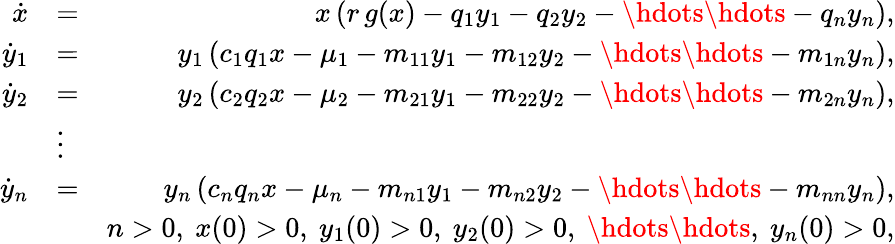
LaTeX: \begin{array}{rlr}{\dot{x}}&{=}&{x\left(r\, g(x)-q_{1}y_{1}-q_{2}y_{2}-\hdots\hdots-q_{n}y_{n}\right),}\\ {\dot{y}_{1}}&{=}&{y_{1}\left(c_{1}q_{1}x-\mu_{1}-m_{11}y_{1}-m_{12}y_{2}-\hdots\hdots-m_{1n}y_{n}\right),}\\ {\dot{y}_{2}}&{=}&{y_{2}\left(c_{2}q_{2}x-\mu_{2}-m_{21}y_{1}-m_{22}y_{2}-\hdots\hdots-m_{2n}y_{n}\right),}\\ &{\vdots}&\\ {\dot{y}_{n}}&{=}&{y_{n}\left(c_{n}q_{n}x-\mu_{n}-m_{n1}y_{1}-m_{n2}y_{2}-\hdots\hdots-m_{nn}y_{n}\right),}\\ &{}&{n>0\mathrm{,~}x(0)>0\mathrm{,~}y_{1}(0)>0\mathrm{,~}y_{2}(0)>0\mathrm{,~}\hdots\hdots\mathrm{,~}y_{n}(0)>0,}\end{array}